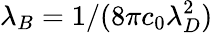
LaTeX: \lambda_{B}=1/(8\pi c_{0}\lambda_{D}^{2})